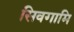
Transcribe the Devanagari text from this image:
सिवगामि